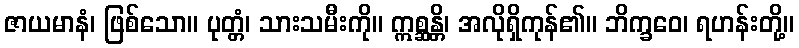
ဇာယမာနံ၊ ဖြစ်သော။ ပုတ္တံ၊ သားသမီးကို။ ဣစ္ဆန္တိ၊ အလိုရှိကုန်၏။ ဘိက္ခဝေ၊ ရဟန်းတို့။